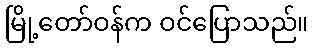
မြို့တော်ဝန်က ဝင်ပြောသည်။